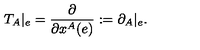
T _ { A } | _ { e } = \frac { \partial } { \partial x ^ { A } ( e ) } : = \partial _ { A } | _ { e } .